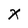
Character: X